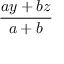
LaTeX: \frac { a y + b z } { a + b }